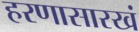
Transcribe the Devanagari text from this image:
हरणासारखं